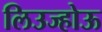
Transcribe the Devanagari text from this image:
लिउज्होऊ